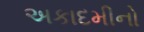
અકાદમીનો